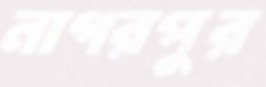
নাগরপুর